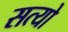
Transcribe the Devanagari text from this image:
सत्यो